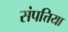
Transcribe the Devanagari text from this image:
संपत्तिया